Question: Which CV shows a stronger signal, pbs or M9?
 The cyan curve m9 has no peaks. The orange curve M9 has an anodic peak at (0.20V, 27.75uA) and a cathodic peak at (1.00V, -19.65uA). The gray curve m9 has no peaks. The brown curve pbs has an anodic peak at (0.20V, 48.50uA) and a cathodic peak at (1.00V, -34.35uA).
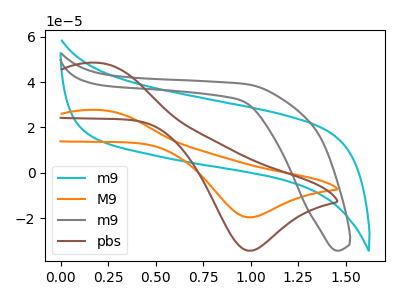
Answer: <think>All the peaks in "pbs" have a peak in "M9" at the same potential. Every peak in "pbs" is higher than every peak in "M9".
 </think>
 <answer>"pbs" has more signal than "M9".</answer>
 <eval>more_signal</eval>